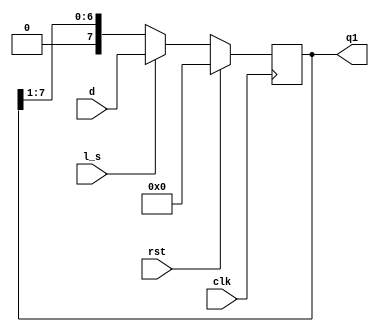
//SR

module s2(rst,l_s,clk,q1,d);

input l_s,clk,rst;
input [7:0] d;
output reg [7:0] q1;

always @(posedge clk)
begin
if(rst)
q1=0;
else if(l_s)
q1=d;
else
q1=q1>>1;
end
endmodule